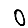
Digit: 0